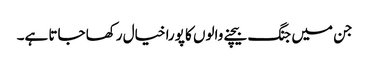
جن میں جنگ بیچنے والوں کا پورا خیال رکھا جاتا ہے۔